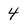
Character: 4